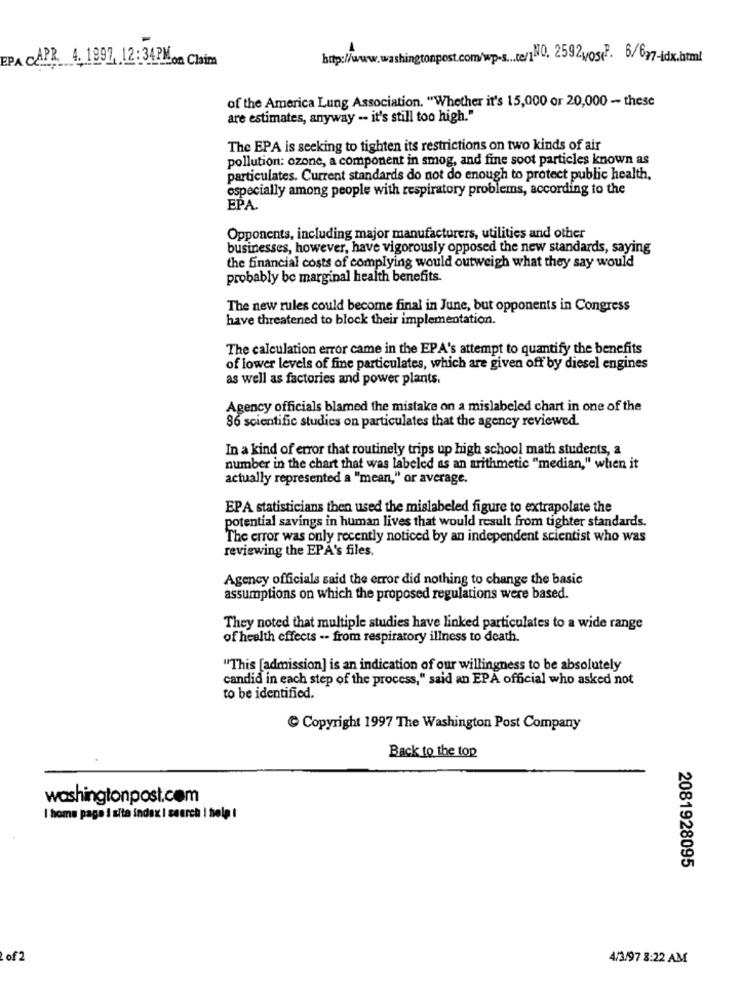
EPA CAPR. 4. 1997, 12 :34PMon Claim
http://
onpost.com/wp-s ... te/1\10, 25924/05(P. 6/677-idx.html
of the America Lung Association. "Whether it's 15,000 or 20,000 - these
are estimates, anyway -- it's still too high."
The EPA is seeking to tighten its restrictions on two kinds of air
pollution: ozone, a component in smog, and fine soot particles known as
particulates. Current standards do not do enough to protect public health,
especially among people with respiratory problems, according to the
EPA.
Opponents, including major manufacturers, utilities and other
businesses, however, have vigorously opposed the new standards, saying
the financial costs of complying would outweigh what they say would
probably be marginal health benefits
The new rules could become final in June, but opponents in Congress
have threatened to block their implementation.
The calculation error came in the EPA's attempt to quantify the benefits
of lower levels of fine particulates, which are given off by diesel engines
as well as factories and power plants.
Agency officials blamed the mistake on a mislabeled chart in one of the
86 scientific studies on particulates that the agency reviewed.
In a kind of error that routinely trips up high school math students, a
number in the chart that was labeled as an arithmetic "median," when it
actually represented a "mean," or average.
EPA statisticians then used the mislabeled figure to extrapolate the
potential savings in human lives that would result from tighter standards.
The error was only recently noticed by an independent scientist who was
reviewing the EPA's files.
Agency officials said the error did nothing to change the basic
assumptions on which the proposed regulations were based.
They noted that multiple studies have linked particulates to a wide range
of health effects -- from respiratory illness to death.
"This [admission] is an indication of our willingness to be absolutely
candid in each step of the process," said an EPA official who asked not
to be identified.
Copyright 1997 The Washington Post Company
Back to the top
washingtonpost.com
I home page ! site index | search i help !
2081928095
2of 2
4/3/97 8:22 AM